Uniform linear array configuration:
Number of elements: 4
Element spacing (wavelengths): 0.25
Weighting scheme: cosine
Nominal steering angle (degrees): -30
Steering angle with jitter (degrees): -31.137
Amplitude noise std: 0.05
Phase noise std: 0.05

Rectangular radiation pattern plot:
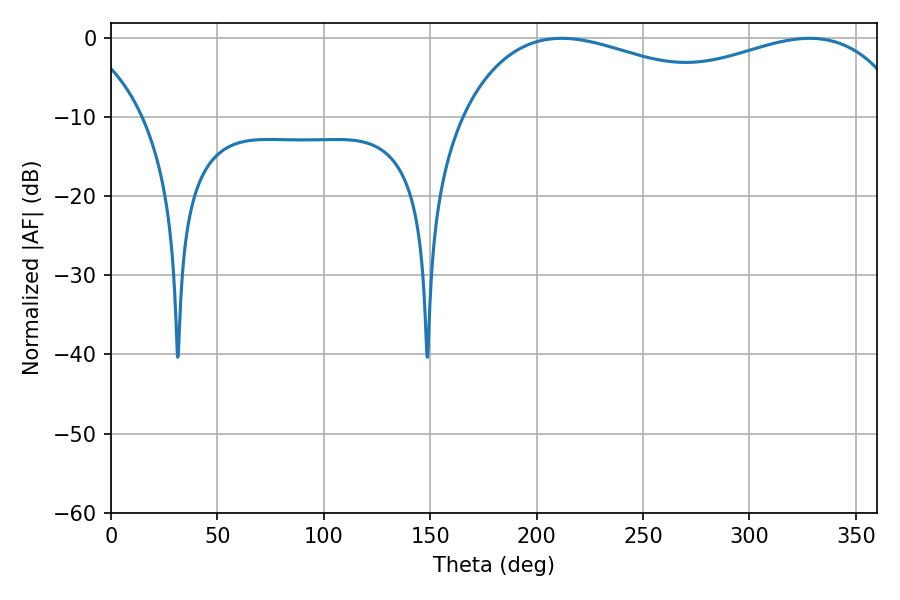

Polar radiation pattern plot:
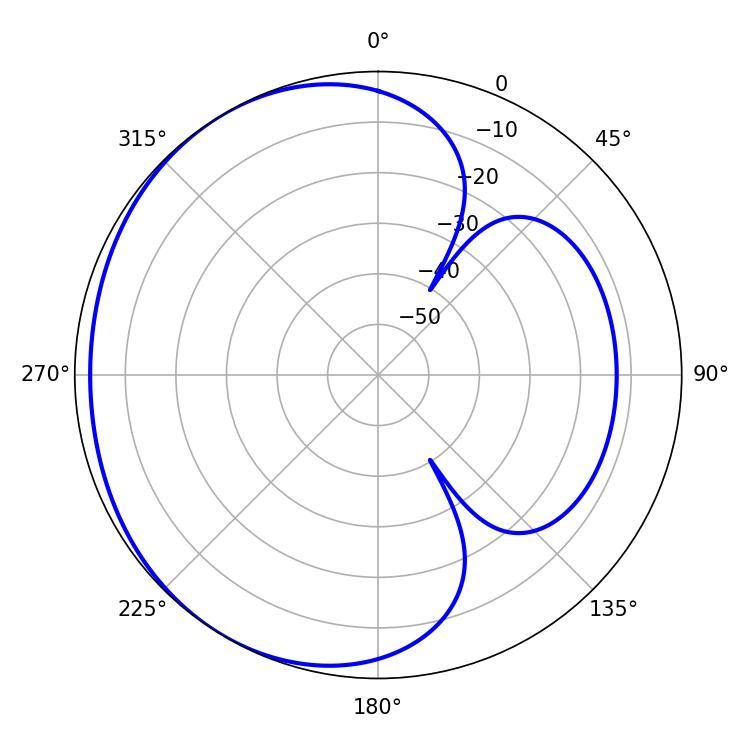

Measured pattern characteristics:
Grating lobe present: FALSE
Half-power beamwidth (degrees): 82.44
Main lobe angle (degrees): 211.68